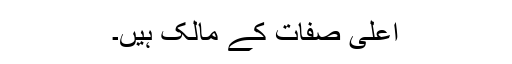
اعلیٰ صفات کے مالک ہیں۔